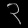
Digit: ၃